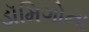
ડૉમિગોના